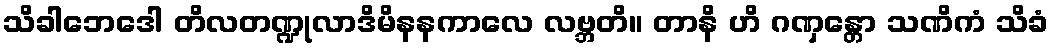
သိခါဘေဒေါ တိလတဏ္ဍုလာဒိမိနနကာလေ လဗ္ဘတိ။ တာနိ ဟိ ဂဏှန္တော သဏိကံ သိခံ